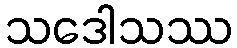
သဒေါသဿ